Indian journal of veterinary science and animal husbandry - Volumes 22-23, 1952-1953
Year: 1952
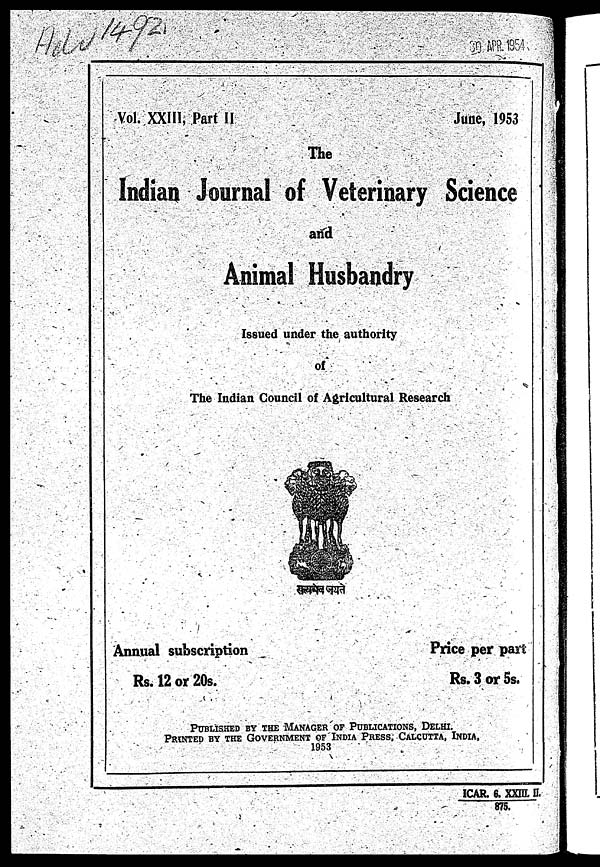
Vol. XXIII, Part II
June, 1953
The
Indian Journal of Veterinary Science
and
Animal Husbandry
Issued under the authority
of
The Indian Council of Agricultural Research
Annual subscription
Rs. 12 or 20s.
Price per part
Rs. 3 or 5s.
PUBLISHED BY THE MANAGER OF PUBLICATIONS, DELHI.
PRINTED BY THE GOVERNMENT OF INDIA PRESS, CALCUTTA, INDIA,
1953
ICAR. 6. XXIII II.
875.